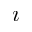
\boldsymbol { \imath }